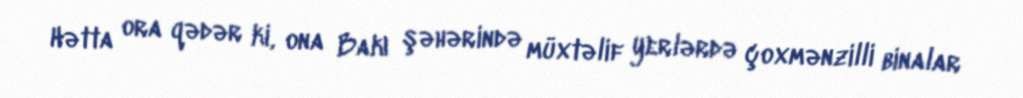
Hətta ora qədər ki, ona Bakı şəhərində müxtəlif yerlərdə çoxmənzilli binalar